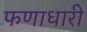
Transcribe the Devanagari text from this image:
फणाधारी